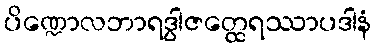
ပိဏ္ဍောလဘာရဒွါဇတ္ထေရဿာပဒါနံ